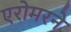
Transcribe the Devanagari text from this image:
एरोमरने